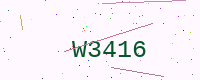
Text: W3416